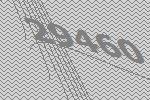
29460